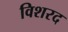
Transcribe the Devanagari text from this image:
विशरद